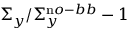
\Sigma _ { y } / \Sigma _ { y } ^ { \mathrm n o - b b } - 1